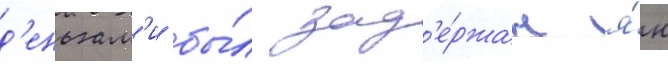
д'еньгам'и бы́л зад'е́ржан я́н